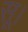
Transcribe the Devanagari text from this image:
सू।